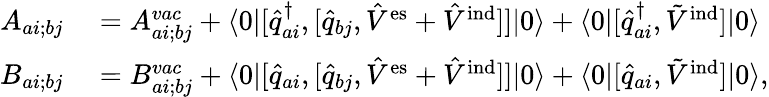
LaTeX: \begin{array}{rl}{A_{ai;bj}}&{{}=A_{ai;bj}^{vac}+\langle 0\vert[\hat{q}_{ai}^{\dagger},[\hat{q}_{bj},\hat{V}^{\mathrm{es}}+\hat{V}^{\mathrm{ind}}]]\vert 0\rangle+\langle 0\vert[\hat{q}_{ai}^{\dagger},\tilde{V}^{\mathrm{ind}}]\vert 0\rangle}\\ {B_{ai;bj}}&{{}=B_{ai;bj}^{vac}+\langle 0\vert[\hat{q}_{ai},[\hat{q}_{bj},\hat{V}^{\mathrm{es}}+\hat{V}^{\mathrm{ind}}]]\vert 0\rangle+\langle 0\vert[\hat{q}_{ai},\tilde{V}^{\mathrm{ind}}]\vert 0\rangle,}\end{array}